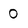
Character: 0